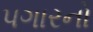
પગારનો